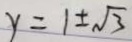
y = 1 \pm \sqrt { 3 }